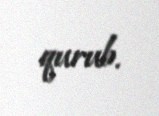
qurub.